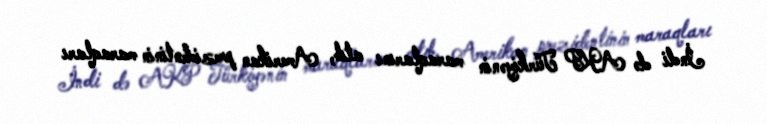
İndi də AKP Türkiyənin maraqlarını atıb, Amerikan prezidentinin maraqları